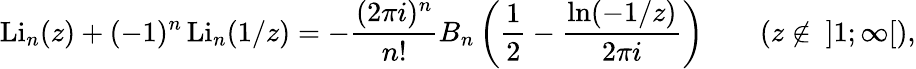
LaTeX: \operatorname{Li}_{n}(z)+(-1)^{n}\operatorname{Li}_{n}(1/z)=-{\frac{(2\pi i)^{n}}{n!}}B_{n}\left({\frac{1}{2}}-{\frac{\ln(-1/z)}{2\pi i}}\right)\qquad(z\not\in~]1;\infty[),